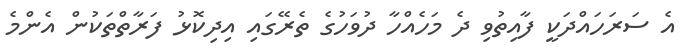
އެ ސަރަހައްދަކީ ފާއިތުވި ދެ މަހެއްހާ ދުވަހުގެ ތެރޭގައި އިދިކޮޅު ފަރާތްތަކުން އެންމެ